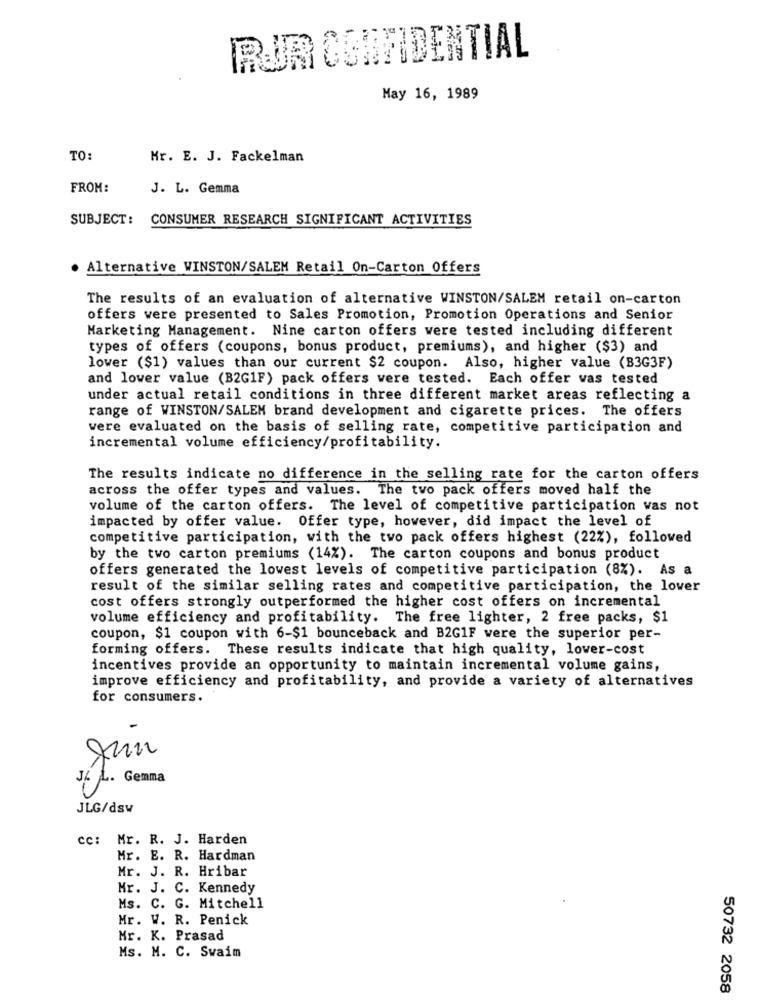
RUM CONFIDENTIAL
May 16, 1989
TO:
Mr. E. J. Fackelman
FROM:
J. L. Gemma
SUBJECT: CONSUMER RESEARCH SIGNIFICANT ACTIVITIES
Alternative WINSTON/SALEM Retail On-Carton Offers
The results of an evaluation of alternative WINSTON/SALEM retail on-carton
offers were presented to Sales Promotion, Promotion Operations and Senior
Marketing Management. Nine carton offers were tested including different
types of offers (coupons, bonus product, premiums), and higher ($3) and
lower ($1) values than our current $2 coupon. Also, higher value (B3G3F)
and lower value (B2G1F) pack offers vere tested. Each offer vas tested
under actual retail conditions in three different market areas reflecting a
range of WINSTON/SALEM brand development and cigarette prices. The offers
vere evaluated on the basis of selling rate, competitive participation and
incremental volume efficiency/profitability.
The results indicate no difference in the selling rate for the carton offers
across the offer types and values. The two pack offers moved half the
volume of the carton offers. The level of competitive participation was not
impacted by offer value. Offer type, however, did impact the level of
competitive participation, with the two pack offers highest (22%), followed
by the two carton premiums (14%). The carton coupons and bonus product
offers generated the lowest levels of competitive participation (8%). As a
result of the similar selling rates and competitive participation, the lover
cost offers strongly outperformed the higher cost offers on incremental
volume efficiency and profitability. The free lighter, 2 free packs, $1
coupon, $1 coupon with 6-$1 bounceback and B2G1F were the superior per-
forming offers. These results indicate that high quality, lover-cost
incentives provide an opportunity to maintain incremental volume gains,
improve efficiency and profitability, and provide a variety of alternatives
for consumers.
.
JLG/dsw
cc: Mr. R. J. Harden
Mr. E. R. Hardman
Mr. J. R. Hribar
Mr. J. C. Kennedy
Ms. C. G. Mitchell
Mr. W. R. Penick
Mr. K. Prasad
Ms. M. C. Swaim
50732 2058